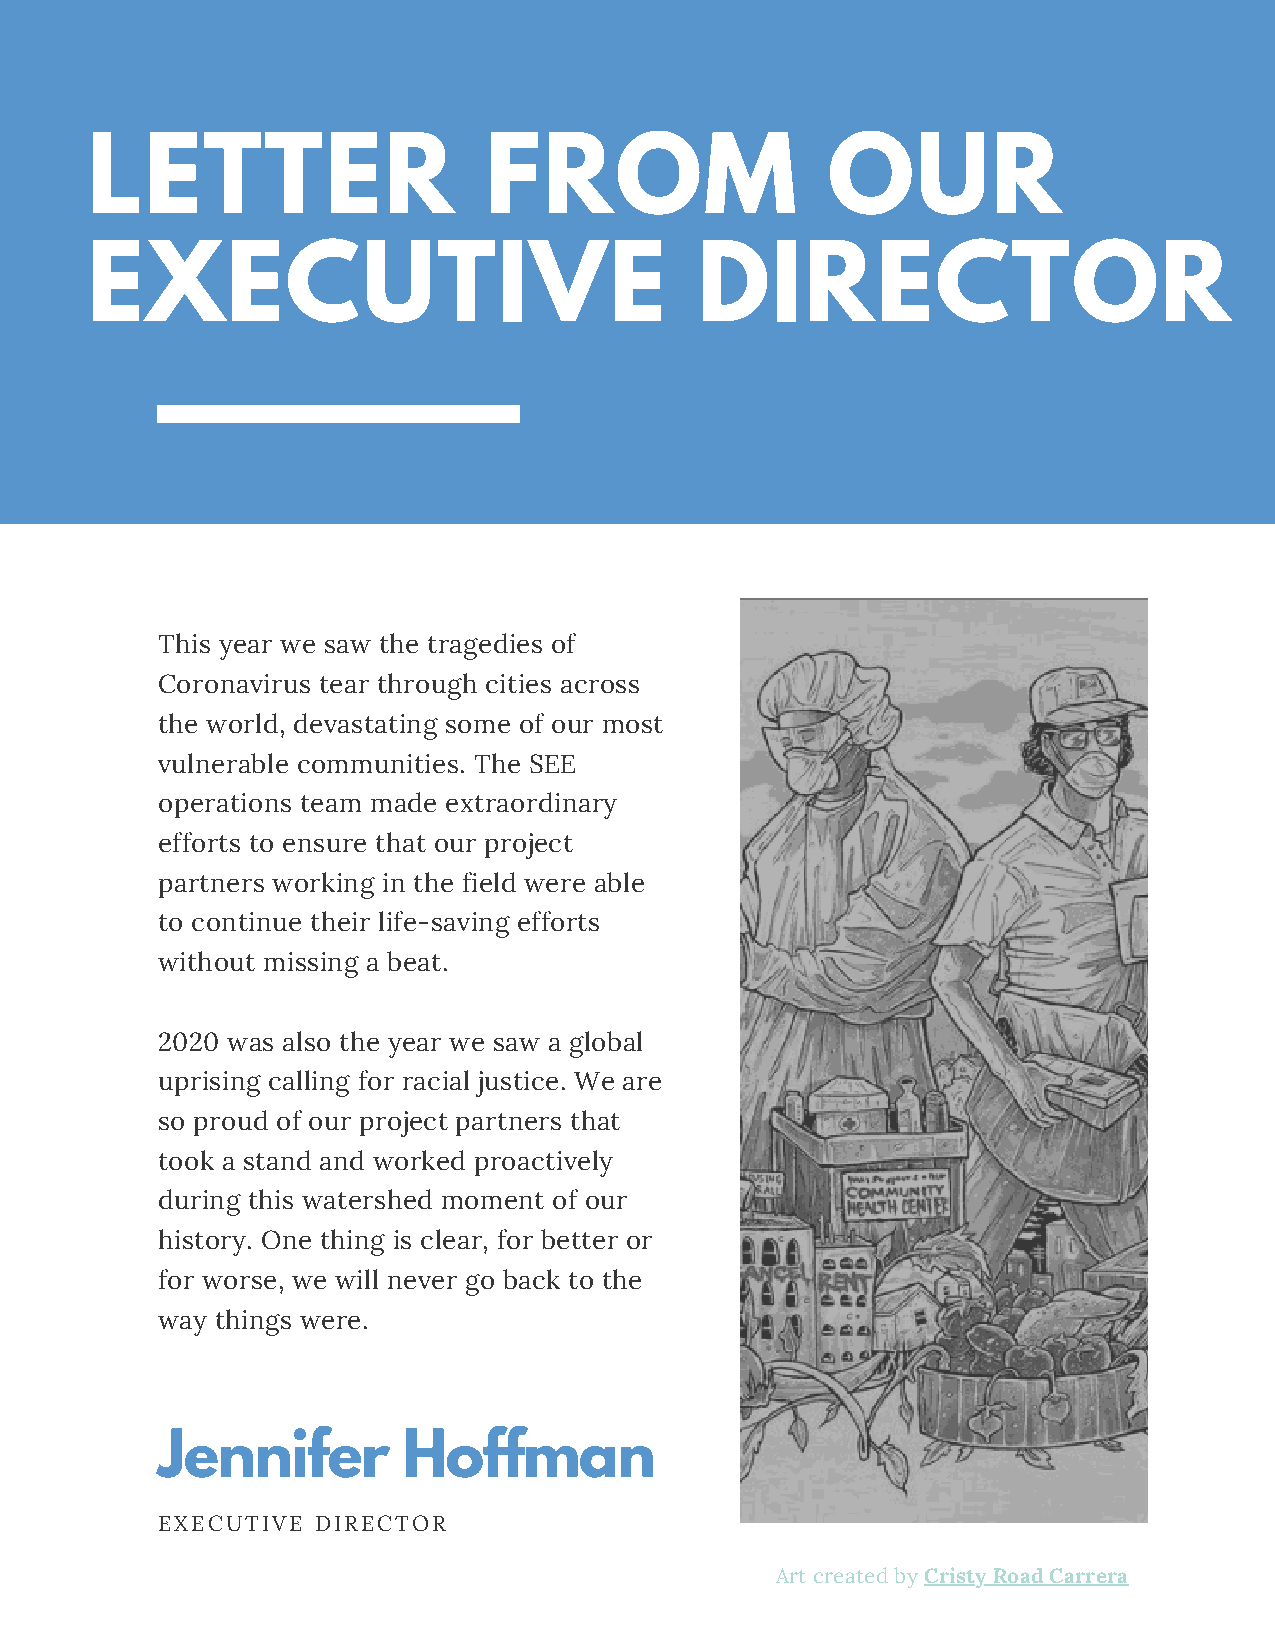
LETTER                    FROM                   OUR
 EXECUTIVE                               DIRECTOR
 This year we saw the tragedies of
 Coronavirus tear through cities across
 the world, devastating some of our most
 vulnerable communities. The SEE
 operations team made extraordinary
 efforts to ensure that our project
 partners working in the field were able
 to continue their life-saving efforts
 without missing a beat.
 2020 was also the year we saw a global
 uprising calling for racial justice. We are
 so proud of our project partners that
 took a stand and worked proactively
 during this watershed moment of our
 history. One thing is clear, for better or
 for worse, we will never go back to the
 way things were.
 Jennifer         Hoffman
 EXECUTIVE  DIRECTOR
 Art created by Cristy Road Carrera